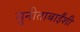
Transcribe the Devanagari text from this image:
सुनीताबाईंशी